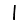
Digit: 1